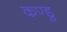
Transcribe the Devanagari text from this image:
कण्डु